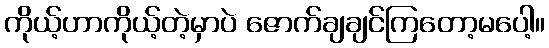
ကိုယ့်ဟာကိုယ့်တဲ့မှာပဲ ဇောက်ချချင်ကြတော့မပေါ့။